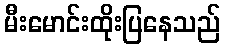
မီးမောင်းထိုးပြနေသည်